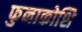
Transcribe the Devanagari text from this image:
फुनाकोशि